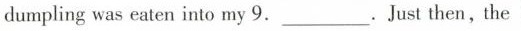
dumpling was eaten into my 9.___. Just then,the